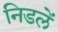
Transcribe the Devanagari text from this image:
निडलें